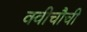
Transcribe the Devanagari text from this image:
क्वीचौची